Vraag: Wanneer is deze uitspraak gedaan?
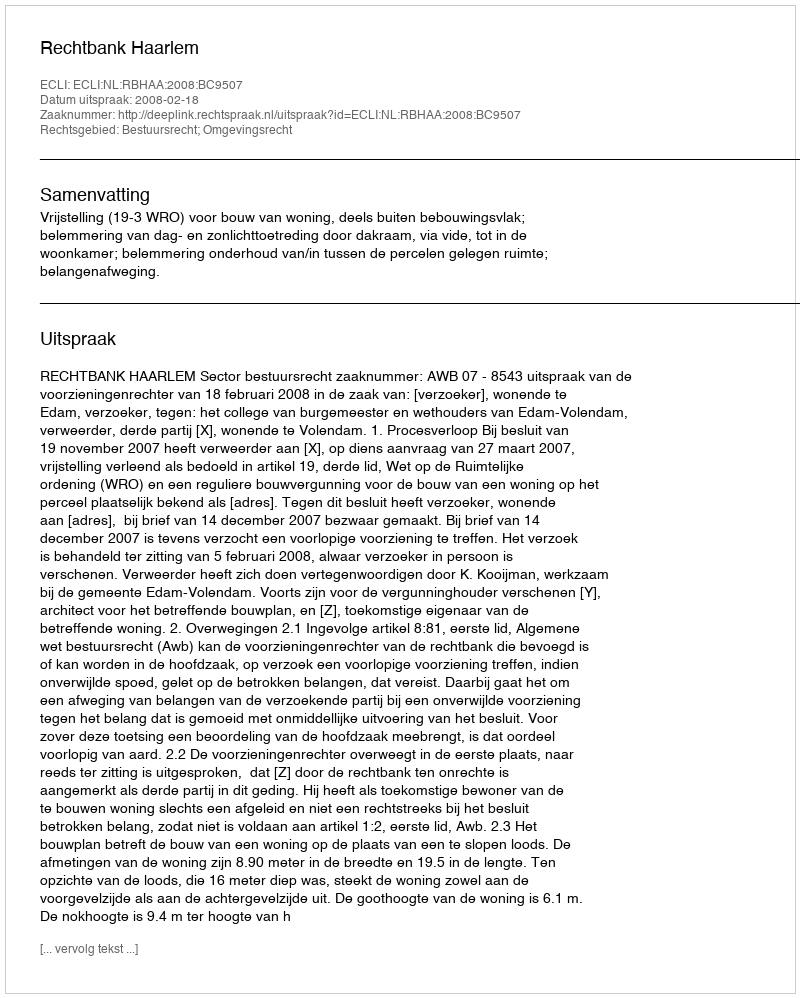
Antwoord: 2008-02-18